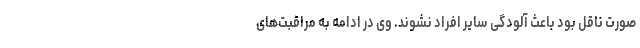
صورت ناقل بود باعث آلودگی سایر افراد نشوند. وی در ادامه به مراقبت‌های